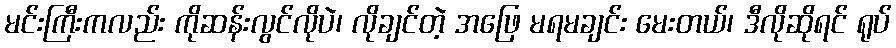
မင်းကြီးကလည်း ကိုဆန်းလွင်လိုပဲ၊ လိုချင်တဲ့ အဖြေ မရမချင်း မေးတယ်၊ ဒီလိုဆိုရင် ရုပ်